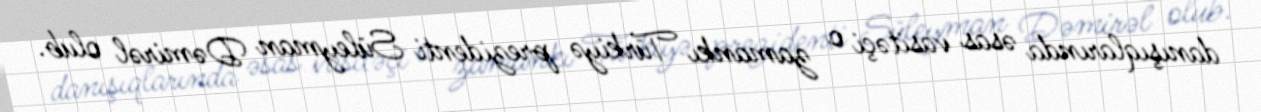
danışıqlarında əsas vasitəçi o zamankı Türkiyə prezidenti Süleyman Dəmirəl olub.